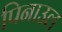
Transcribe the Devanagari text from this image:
पिनाउल